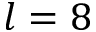
l = 8